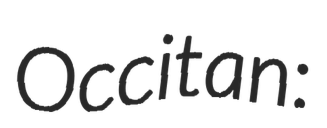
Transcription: Occitan: